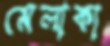
মেলাকা